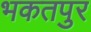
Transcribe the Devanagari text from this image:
भकतपुर